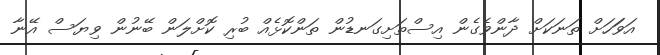
އަވަަހަށް ތަނަކަށް ދާންވެގެން އިސްތަށިގަނޑުން ތަންކޮޅެއް ބުރި ކޮށްލަން ބޭނުން ވިޔަސް އޭނާ